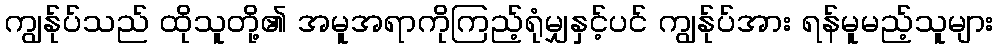
ကျွန်ုပ်သည် ထိုသူတို့၏ အမူအရာကိုကြည့်ရုံမျှနှင့်ပင် ကျွန်ုပ်အား ရန်မူမည့်သူများ